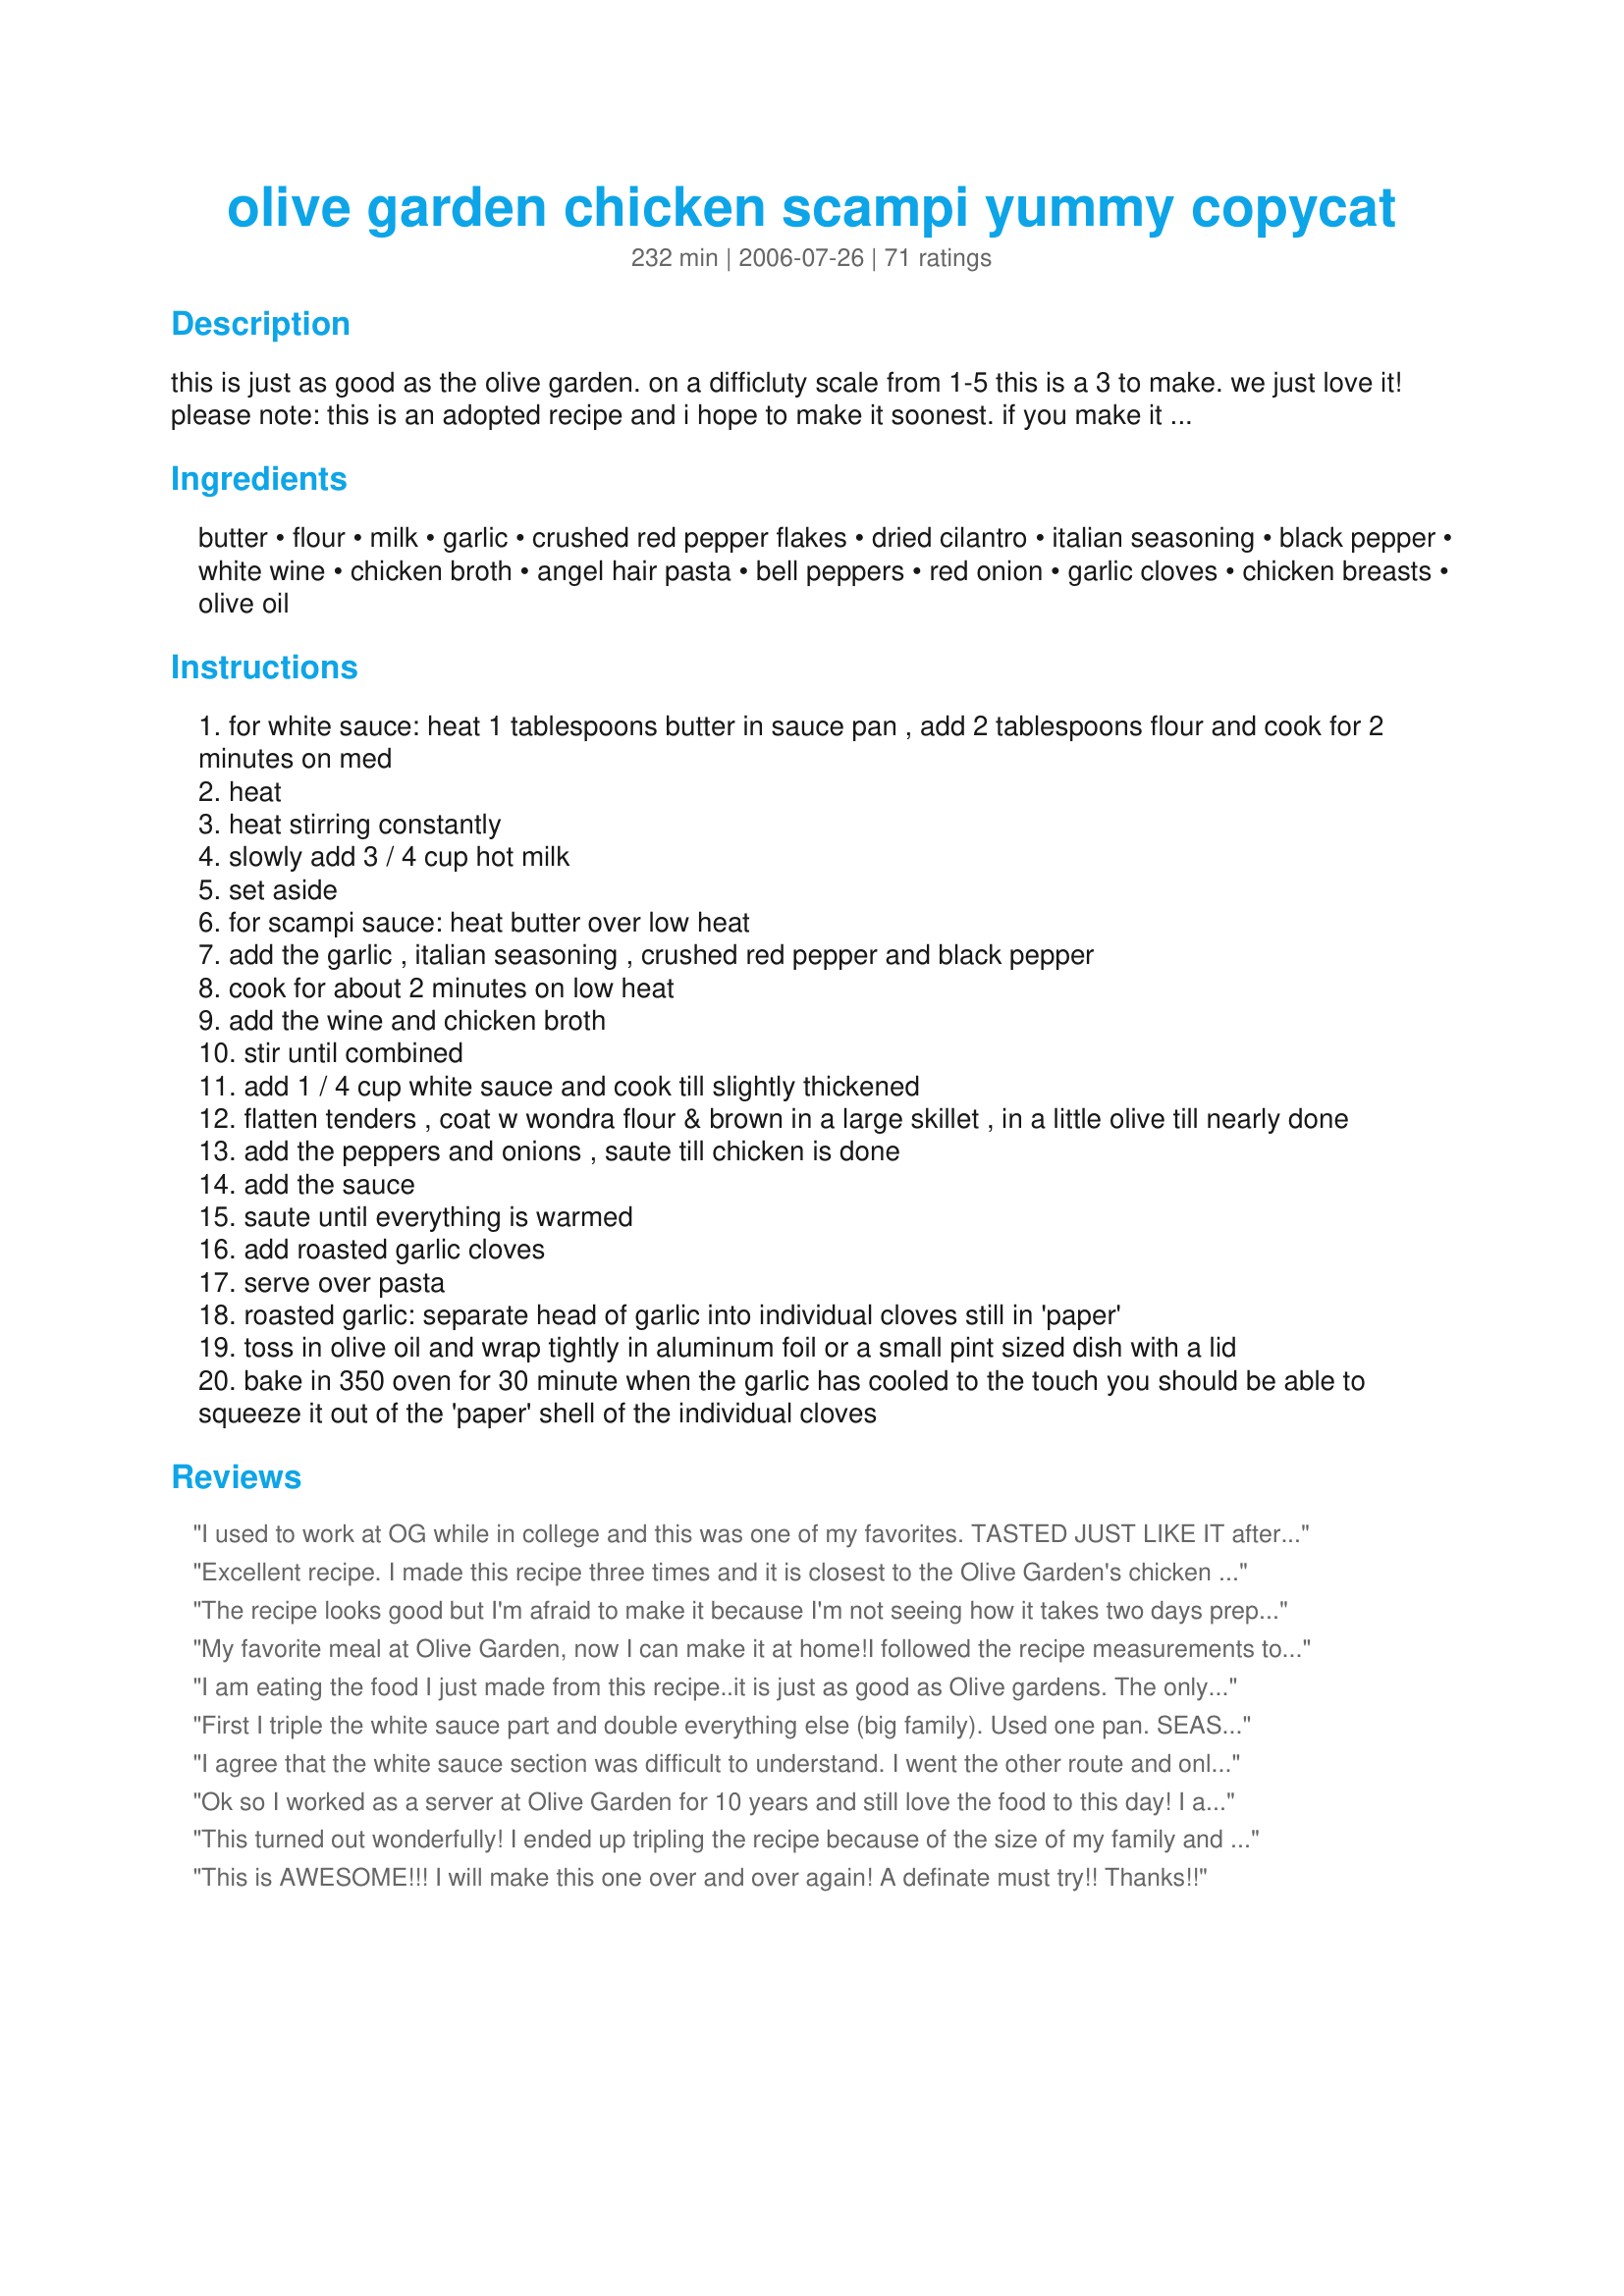
olive garden chicken scampi yummy copycat
Preparation time: 232 minutes

this is just as good as the olive garden. on a difficluty scale from 1-5 this is a 3 to make. we just love it! please note: this is an adopted recipe and i hope to make it soonest. if you make it before i do than i would appreciate your feedback. thanks ! zwt region: italy.

Ingredients:
butter, flour, milk, garlic, crushed red pepper flakes, dried cilantro, italian seasoning, black pepper, white wine, chicken broth, angel hair pasta, bell peppers, red onion, garlic cloves, chicken breasts, olive oil

Steps:
for white sauce: heat 1 tablespoons butter in sauce pan , add 2 tablespoons flour and cook for 2 minutes on med
heat
heat stirring constantly
slowly add 3 / 4 cup hot milk
set aside
for scampi sauce: heat butter over low heat
add the garlic , italian seasoning , crushed red pepper and black pepper
cook for about 2 minutes on low heat
add the wine and chicken broth
stir until combined
add 1 / 4 cup white sauce and cook till slightly thickened
flatten tenders , coat w wondra flour & brown in a large skillet , in a little olive till nearly done
add the peppers and onions , saute till chicken is done
add the sauce
saute until everything is warmed
add roasted garlic cloves
serve over pasta
roasted garlic: separate head of garlic into individual cloves still in 'paper'
toss in olive oil and wrap tightly in aluminum foil or a small pint sized dish with a lid
bake in 350 oven for 30 minute when the garlic has cooled to the touch you should be able to squeeze it out of the 'paper' shell of the individual cloves

Reviews:
I used to work at OG while in college and this was one of my favorites. TASTED JUST LIKE IT after I added a little extra garlic and garlic salt ....I used minced garlic instead of fresh. Also the sauce was too thin so I had to thicken it up more.
Excellent recipe. I made this recipe three times and it is closest to the Olive Garden's chicken scampi that I have ever made. I cook for a lot of fussy people and they agreed. I did cut back on the red pepper flakes just a bit the last time and it was even better in my opinion. Making it again tonight .
The recipe looks good but I'm afraid to make it because I'm not seeing how it takes two days prep? Am I missing something like a marinating time?
My favorite meal at Olive Garden, now I can make it at home!<br/>I followed the recipe measurements to the letter, but used a different combination of steps. I coated my skinless and flattened chicken tenders in self rising flour before saut?ing in EVOO. And combined that with saut?ed yellow & red bell peppers. i also strained my scampi sauce so it didn't have herbs and garlic bits. If you are looking for white wine recommendations, I used Gallo Family Pinot Grigio. Pretty tasty. And my kitchen is a mess now!
I am eating the food I just made from this recipe..it is just as good as Olive gardens. The only thing I found was that it needed a little salt. YUMMY STUFF You need to love garlic if you want to make this.....but then who doesn't love garlic lol
First I triple the white sauce part and double everything else (big family). Used one pan. SEASON every step (including chicken and veggies) with salt and pepper. Cook chicken first, then peppers and onion, set aside. Add garlic and all the butter for both sauces to same pan, briefly saut&eacute; then add flour. Cook for a minute or two then add wine, then stock and milk. Simmer for 20- 30 min. Taste for seasoning and adjust if needed.
I agree that the white sauce section was difficult to understand. I went the other route and only added 1/4 cup and my recipe turned out delicious. The angel hair is key to the recipe. It's really not going to be as good with any other kind of pasta.
Ok so I worked as a server at Olive Garden for 10 years and still love the food to this day! I am an italian though haha. This recipe is super stellar!! AWSOME SAUCE Only thing i did different was make scampi sauce first and white sauce after cuz the white sauce is time sensitive and you have to keep whipping it. But hats off to the chef :P Will be making this for my military man who comes back from korea soon!!
This turned out wonderfully! I ended up tripling the recipe because of the size of my family and for future leftovers. The sauce didn't turn out as thick as I would've like, so I think I'll try adding some more flour/starch when I heat it up again. The chicken, however, was very tender and delicious! I pulled out an injector and put some of the wine/scampi sauce inside of the chicken, which made it even better!
This is AWESOME!!! I will make this one over and over again! A definate must try!! Thanks!!
At my house, this got very mixed reviews. 1 4 Star, 1 2 Star, and 1 1 Star. I thought the taste of the sauce was good, but I made some changes. I used 1 1/2 tsp italian seasoning, and used just under 1/2 tsp crushed red pepper. The sauce was quite thin, even after adding all the white sauce. I can't compare it to Olive Garden's Scampi, because I've never had it. I'm torn in how to rate this...I liked it but thought the instructions were unclear and it needed some changes. My family clearly did not like it. I'd like to give it a 3 1/2 star rating, but settled on a 4 because I thought the taste was very good and I enjoyed it. Made for Everyday is A Holiday tag.
Yummy! 
I did read the reviews and added all the white sauce to the scampi sauce as others did. In addition, I added more red pepper flakes (I love hot food),a teaspoon of chicken bouillon and about 1/2 cup of parmesan cheese. Anyhow, this dish will definitely be made a lot in my kitchen. Thanks for sharing.
This is a GREAT recipe and I would say better than Olive Garden's. Like the others, I used all the white sauce. And for the Scampi sauce, I added a little key lime juice and it was so delicious. However with the Chicken being sauteed, I lightly dusted alittle flour over them and let it brown. When turning the chicken over I put the bell peppers in to sautee with the chicken and it was sssooo Good!. I didnt use the red pepper flakes cause of my children. My son says, "MOM can you learn to make this again". VERY GOOD DISH! Thanks...
I use this recipe all the time! I even got some chicken scampi from the Olive Garden to do a side by side and there was no difference in taste! Many thanks and kudos to the person who did the copycat to this, you were spot on. I always make extra just so I can have leftovers, major hit with my family.
This was WONDERFUL! It tasted just like the Olive Garden chicken scampi. The recipe is a little confusing, but if you cook a lot, you can decipher them. I initially had some trouble with the white sauce, but I dumped the first batch and tried again. I suggest that you only add a little flour to the butter at a time and use a whisk to mix it. I also used garlic salt and a little pepper to season the chicken. I think I might saute the chicken in a different skillet than the veggies next time. My veggies ended up too soft. Thanks for sharing!
This is a good recipe. It doesn't take took long to make. You are looking at 5-6 minutes for the chicken and peppers, plus 4 minutes for the pasta. I only cooked the sauce for 15 minutes (start this when you pot of water on the stove). Next time I would reduce the amount of chicken broth, it got to be a bit much. Also, add a dash of Adobo seasoning.
I used this but tweaked it a little by buying the scampi sauce to save some time. Awesome. Family and friends love this recipe when I cook it. Kudos
I tried this recipe last night and thought it was very bland except for the heat from the crushed red pepper. I&#039;m not a amazing cook on my own but I can make anything with directions but this came out as a cross between Olive Garden Chicken Scampi and O&#039;Charlies Creamy Cajun Pasta, but with out any flavor. I love both of those dishes but this was now where close. I will try again with out the red pepper and cilantro. Maybe that will be better... I hope.
This recipe was sooo good! However, I did have to use every burner on my stove, plus the oven if I would have done the whole roasted garlic thing--that's a lot of dishes, and it takes alot of time. I will probably try to make this again, but only if I have company to impress...otherwise it's way too many calories for a normal dinner. Next time I will make the scampi sauce and then the white sauce. By the way, when i added the flour to the butter for the white sauce, it immediately thickened up like a dough, and then i had to whisk it with the milk for a really long time to get the little lumps out. Did this happen to anyone else? By the way, my fiance LOVED it and bragged about it to his friends!
Delicious! Made just as written except I used regular flour and salted the chicken before coating it in the flour.
I took advice from other reviews and added all of the white sauce to the scampi sauce.I really recommend doing this,as it thickens the sauce beautifully,and to a good consisitency.I also recommend that the amount of red pepper flakes should be cut.I LOVE spicy things,and will often add more to dishes to pep them up,but the pepper flakes in this instance was just too much,and really over powered the dish,which was a real shame.
A lovely dish,that is well worth trying.Made for PRMR.
This was fairly time consuming but tasted good. I also added all the white sauce to thicken the scampi sauce.
I would recommend trimming the top and bottom off the garlic cloves before roasting them, to make them easier to peel out of the "paper" once they are soft from cooking.
I was making breadsticks and alfredo sauce at the same time and the whole thing took three hours to cook. It's probably less just for this recipe.
Thanks for a delicious dish- my fiance absolutely loved it!
This tasted good. I did have to tweak it a little as my white sauce turned out really thick and my scampi sauce reduced down quite a bit. I just added more chicken broth and wine and it turned out great. Also, for the chicken, I dipped the chicken in flour that had italian seasoning, paprika, and garlic salt in it. Then I fried it and followed the rest of the directions. Olive Garden's chicken always seems to have a light breading, and I've found the sauce sticks better to the chicken that way. Definitely a lot of work, but worth it if you love Olive Garden's chicken scampi!
Very good, but definitely takes a while! Make sure you have everything prepped before you begin. I added some parmesan cheese on top for some additional flavor!
Absolutely delicious! I used more chicken broth instead of the white wine. I made this under 30min instead of the 3 hrs and still taste the same?
I made this for a large group (14) and it was a big hit. It was so flavorful and colorful (using red, yellow and orange bell peppers). I would not recommend this for a large group gathering, as it took more attention than I usually like to give while entertaining. However, I made it again 2 weeks later for a friend and myself (when I wasn't in a rush and wanting to socialize with a group of family and friends) and really enjoyed the flavors. I will definitely keep this recipe and pass it on.
recipe reads like the one I am looking for but do hope it doesn't 47hrs.
I agree with a previous reviewer about the directions. The scampi sauce should be made first, then while it simmers, you can make the white sauce. Also, I cubed the chicken and cooked it in the scampi sauce to intensify the flavor and save on a pan. I added the juice of one lemon into the scampi sauce and also left out the bell peppers. This is a very good dish. Update: My daughter works at Olive Garden, and this dish does not have a cream sauce. I thought that but wasn't sure, as most scampi recipes are not a cream sauce. Still a good recipe though.
This was ok, but not the scampi we are all used to. I only added the 1/4 cup white sauce as the recipe states and I think that we would prefer it that way vs adding all of the white. I lessened the amount of crushed peppers also. All in all a good dish, but hardly a olive garden copycat
AWESOME! I read the reviews before I made this dish. I tweaked this recipe for ease and to make it a little more true to the olive garden dish. For the scampi sauce I did not add the cilantro or the wine. I just did not have any good white wine in the house. Instead, I used 1 1/2 cups of chicken broth. I did not make the white sauce. I simply used 1/2 cup of half and half and stirred about 1 1/2 tbsp of flour into it. I added the half and half to the scampi sauce and brought it to a boil and it thickened up just enough. Everything else was the same as the recipe, but I used a shallot because I did not have a the red onion and I did not roast garlic bulbs. Next time, I think I will use chicken tenders and flatten them out really good. Thank you so much for the recipe, it was soooo good.
There was probably something that I did incorrectly, but I just did not really like this dish. I read through the recipe first, and figured out the better plan was to make the scampi sauce, then to make the white sauce while scampi is simmering. I also threw all of my white sauce in, since I'm a fan of white sauces. However, while my white sauce was thickening even before I added it to the scampi sauce, after I added it, no amount of cooking (or even sitting, before I threw the last bits of the dish out) would thicken the combined sauce. In addition, the sauce never coated anything, or soaked into the chicken flavor. It wound up being a fairly bland pile of chicken and pasta sitting in a pool of thin, but tasty, sauce. I feel the need to work through it again to try to fix things (it's gotten such high reviews from everyone else), but the amount of time, effort and dishes greatly weakens my resolve to try again.
As a side note: hubby ate it all "because you cooked it for me" but also said it was bland.
OhMiGosh, good stuff! Very yummy! I think next time, I'll double the ingredients for the sauce, cuz I wanted to eat it with a spoon!

Lots of work but well worth it. 

I didn't bother roasting the garlic; just simmered 10-15 cloves in the butter/wine/broth for about 20 minutes. Like other reviewers, I used all the white sauce.

I grilled the chicken, after coating it in some smooshed garlic & herbs (seasoned salt, rosemary, oregano, whatever is on hand!)

OMG, I just saw that the calories for this is like 1,100! lol, I served with garlic bread and sauted spinach and lots of Merlot. There goes the diet!! ;)
I think this recipe is a little too time consuming and I don't understand why it called for 2 sauces to be made. 

I actually started with the scampi sauce and added flour to the butter before the other liquids and made both sauces at one time. It came out great. Oh I added lemon juice also, because I can't imagine a scampi with out lemon.
I have not had Olive Garden's chicken scampi but I have had many others and this one is one of the BEST EVER! It was very, very tasty. Thanks, kiwidutch! Made for alphabet chefs tag.
Very good. I used heavy whipping cream instead of milk. I also grilled the chicken and added sweet Italian sausage. I used a little too much red pepper, forgetting that it cooks in the sauce for so long, I only needed a pinch. I will definitely be making again. My daughter ordered the OG original last night and had some leftovers. In a blind taste test, my version of this recipe tasted better!
Wao!!! This recipe is great and just like it says, it is a an olive garden version. I had no problems at all making it. After reading some of the reviews it was plain and simple. I did all the prep work the night before like cutting the veggies, roasting the garlic and seasoned my chicken with salt and pepper ( I always have to season my meat as I don't like anything bland, plus I'm Hispanic, that's what we are thought to do :) The next day I made my pasta and saut&eacute; my veggies in the morning and when I was ready to put everything together in the afternoon I made the sauces and voila!!! It all came together beautifully... I found a recipe for garlic toast and made that as well. My family loved it as much as I did. Definitely a keeper.
Although this recipes tastes pretty good, the clarity of the directions make it almost impossible to follow. I worked at the Olive Garden for 8 years and have to say that this did not taste like it, although the appearance was very similar. I don't believe there is any crushed red pepper at all in the actual olive garden recipe and most definitely no cilantro. I think I would probably have rated this higher had I not been so frustrated by the jumpled steps.
Great recipe! We have made the a few times, once with the white sauce and the rest without it. Our family prefers just the scampi sauce without the white sauce. We will contiune to make this dish. Thanks!
DH and I made this chicken scampi tonight. Although we enjoyed it, I didn't think the outcome was worth all of the effort. Also, while it shared some similarities to the dish served at the Olive Garden, I didn't think it was a close match. I, like other reviewers, added all of the white sauce to the scampi sauce. I enjoyed the taste of the fresh bell peppers, red onions, and roasted garlic. I served with fresh grated parm on top.
This recipe is great. This dish was always my favorite at the restaurant. This is exactly the same at home. I have served it a couple of times and everyone lives it!
To make it easier I made the white & scampi sauce all at once, just adding the ingredients for the scampi once the white sauce was ready. It was a bit thin, so I added 3/4 cup of grated parmesan. This gave it somewhat of an alfredo flare, but it was very very good.
It didn't taste exactly like the Chicken Scampi at olive Garden, but it was delicious nonetheless. I increased it to serve 8 (which was, in fact, 8-16) and we were still eating it 3 days later! My little 2 year old cousin came over a couple days later and she absolutely loved it.
It turned out great!! I did season my chicken before flouring. It had a lot of flavor when I put it all together. This is my favorite dish at Olive Garden. Now I can make it at home. Thanks for sharing.
This is a very good dish! I did cut the amount of red pepper flakes to 1/4 teaspoon for personal preference. The sauce thickened up nicely for me and we really enjoyed this for dinner. I will be making it again. Thanks for sharing!
Sorry, it's a good recipe but not like the original..
While I agree that this was not the same as Olive Garden, and that the order this is presented is rather wonky. I also think that this made an excellent meal and I will definitely be re-making it in the future. Thanks!
Honestly this recipe is amazing and I think its better then Olive Garden and the way olive garden is getting so skimpy this is the best.
This REALLY does taste like "Olive Garden's" Chicken Scampi!!!! I did lightly flour the chicken, and I sauteed the onion and green pepper for about 10 minutes prior to browning the chicken simply because we prefer softer vegggies in our pasta. I then pushed them to the side of the pan & browned the chicken. I WILL be KEEPING this recipe!! Thank you so very much for sharing!! Delicious!!
Excellent, exactly like the Olive Garden original!!
I hate to leave a mediocore/ sad review, but this was just "ok" for me. Not good, not bad, just "fair". 
Based on all the great reviews, I must have done something wrong.
This was not the same as I have had at the Olive Garden, nor was it memorable. I will try again. :)
Waste not, want not ~ I used all of the white sauce that I'd made, then in the scampi sauce I cut the amount of red pepper flakes to 1/4 teaspoon! Then later on, I included a yellow & a red bell pepper for color! Ended up with a GREAT TASTING scampi! Thanks for posting your recipe! [Made & reviewed while touring Italy on Zaar's World Tour 4]
I've been meaning to make this and have put it off til today. It was a little time consuming but sooo worth it. I added more red pepper flakes and added just a tad bit of cayenne pepper. Just like everyone else, I added all of the white sauce and after all the ingredients were simmering (meat and all) I added about 1 -2 tblsp of flour just to thicken up the sauce just a little bit. I was pleasantly surprised at the outcome of this recipe. Thanks, and I'll be making this more at home and save me about $50 every time I want to go to olive garden!
This was disgusting!! I love the Olive Garden&#039;s Chicken scampi. I was excited to find this recipe. I follow the recipe even though I saw somethings I thought might be a &quot;problem&quot;. &lt;br/&gt;It was a huge disappointment. scampi sauce was a sea way too much seasoning (again, I followed the recipe). I can not find one thing about this dish I liked. &lt;br/&gt;&lt;br/&gt;Don&#039;t waste your time with this one. Find a real scampi recipe.
This is good stuff! I mixed all of the white sauce into the scampi sauce. Also, I would recommend that you go easy on the red pepper flakes unless you really like spicy. I also dusted my chicken with cornstarch and sauteed in butter instead of olive oil. This really helped the sauce stick to the chicken. I didn&#039;t use the peppers, onions or roasted garlic cloves and was still great! I served this with yellow rice and a salad and everyone was happy! Thanks for a great recipe!
WOW we loved it!! Probably wont use as much red pepper next time but other then that we will make it again and SOON!
This was excellent! I used all the white sauce as well. You need it to thicken the scampi sauce. One warning, if you cook the scampi sauce for the recommended time it really intensifies the heat from the red pepper flakes. This was a very spicy dish. I am going to cut the amount in half next time I make it.
Turned out exactly like Olive Garden. I used alot more garlic than the recipe called for though, as well as doubled the recipe for the sauce. Was a huge hit with my family...
Yummy recipe.
This was REALLY good, but the instructions a bit unclear. It says to make the white sauce first, then keep warm and add only 1/4 cup to scampi sauce... what do you do with the rest? I just added it all to scampi sauce, and left out the roasted garlic and it was still amazing. If the directions were a bit easier to understand it would be a 5 star. Flavor was great, just not sure if it could be better if the instructions were clear. Good food though!
This was a good recipe, the sauce smelled absolutely divine as it cooked, and the end result was delicious. The directions and the timing took a little thinking about, it's a good idea to read the recipe through carefully before beginning. I started with the scampi sauce, whipped up the white sauce in the microwave, and cooked the chicken while the scampi sauce was simmering. We all enjoyed this, I'm not familiar with the Olive Garden so I can't say how similar the recipe is, but it made an enjoyable meal! This was made for I Recommend tag game.
Love, love, love this! My husband and I made this dish today, and I swear it was just as good-- if not better-- than Olive Garden!! I roasted the garlic last night to speed things up today. This recipe was time consuming, but very worth it! We used red, yellow, and green peppers. I only used half the red pepper flakes. I wish that I had read the other reviews before making this, because I would also have added all the white sauce. My scampi sauce didn't thicken when I added the white sauce. I just added a little corn starch, and that worked just fine. We double the entire recipe (except for the red pepper flakes). I used 2 lbs of chicken breast tenders and 1 1/2 boxes of angel hair pasta. We served 8 and still had some leftovers. Absolutely delicious!!
Dead on!! It's awesome!
I was surprised with the amount of 4 and 5 star reviews how poorly flavored this turned out. Took an hour and a half (not including roasted garlic cook time) to complete and husband and I agreed it was very bland. This was very disappointing especially after combining the butter with the Italian seasoning, etc and smelling THAT part cooking! I questioned the issue of there being NO SALT in this recipe at all, but went with it. Had to add lots of salt and Parmesan cheese to make it worth eating. Would not recommend, sadly. Hate to say it, but I hope Olive Garden DOESN&#039;T have anything this tasteless on their menu!
This is my favorite dish at the Olive Garden, and I order it every single time we go. This was pretty darn close to the real thing! It's a very time-intensive recipe, so make sure you take that into consideration. I had to add a considerable amount of salt at the end because the sauce had great flavor, but was definitely lacking that one ingredient. I will definitely be making this again!
Steps are not in proper order,TO SAVE TIME... You should haveROASTGARLIC AS FIRST STEP. tHEN SCAMPI SAUCE,THEN WHITE SAUCE THEN THE CHICKEN..I dont know if this is a O.G.recipe or not , I havent had it before. But this was real good.Used all the white sauce as some commented on.Also cubed the chicken,Topped off dish with a handful of fresh parmesean..I will make this often..Thank U for the recipe..
Out of this world delicious! Followed exactly- family LOVED it! Next time will read more reviews to make the chicken tenders more tender! Also used fresh zucchini pasta for mine- family had regular- Thanks for a &quot;keeper&quot;... Tastes exactly like Olive Garden! But fresher!
This was great!!! I ended up using Chicken and Shrimp. I also used a little extra crushed red pepper flakes :)
I forgot the roasted garlic :( 
I will not forget it next time.
Thanks Kiwi for a great dish.
This was a tricky one for me - sorry that this has to be rather a review than a comment - I had to fairly alter this recipe to make it work for me - but some of this was because of my need to avoid certain things. I don't think roasting garlic is really worth the effort as it takes on a bitter taste. Also I can't find Angel Hair Pasta in supermarkets or Asian shops and assume it is something like rice noodles. Rice noodles are really a bit disappointing as they taste very strongly of nothing! I don't wish to decry this recipe as it really is potentially superb but - - I cheated and made a standard white sauce with butter by making a roux from butter and white flour or I could have cheated and make cornflour thickened milk sauce if I was short of time. Then added a pinch of salt. Then when it had thickened added a pinch of oregano and a few winds of the black pepper mill. Added Chopped pre-boiled red pepper - lastly a dash of white wine. The onions can be any and not necessarily red onions though I admit the red ones are sweeter and milder - could even be good with what we oldies call Spring Onions but supermarkets seem to call them Salad Onions. Not sure what &quot;Flatten tenders&quot; means? - Surely diced skinned chicken breast fillets would be fine without bashing them like a steak? I fried the chicken pieces - but (not in Olive oil as this has recently been proved to turn into the very wrong type of fat that increases body-mass but only when it's heated for cooking. It has the reverse effect when consumed cold as a salad dressing or drizzled over food.) I used Rapeseed Oil - added the onions and chopped garlic and fried until the chicken is just browning but not long enough to dark brown the garlic - The chicken pieces can be finished off under the broiler ( or as we call it in the UK the Grill). I use a microwave grill combination which cooks things on a gentle medium microwave setting at the same time as kind of spit-roasting as the turntable rotates the food under the infra red grill at the same time. Finally the chicken was put back in the thick sauce - brought to simmer and served. I served this over egg-noodles but it would also be good pepped-up with chilli powder and served on rice. The strips of bell pepper raw I had have to leave out, they may give it visual appeal but I can't eat raw bell peppers they cause violent stomach ache rather like pickled onions and raw onion does for me. It was very good but I can't say it tasted like a close copy of scampi. Real scampi is Dublin Bay Prawns coated in batter and deep fried then served with real caper sauce - Not like the travesty sold in supermarkets which are really monkfish tails shaped like prawns (sorry you call them shrimps) coated in breadcrumbs and served with a sachet of fake caper sauce namely Tartare sauce which is nothing more than mayonaise with vinegar'd capers in.
Absolutely Delicious!!! This was one of the best tasting dishes I've made in a long time. I added more crushed peppers for added heat and added the entire batch of white sauce.

Forgot to add that I served this over mashed potatoes.
The "flour" that Olive Garden uses to sear the chicken is Wondra. It works great!!
Worst online recipe I ever tried. Too spicy, very thin and tastes NOTHING like Olive Garden chicken scampi. Was so bad my family made fun of me because it was so bad! I am a professional cook and dont usually screw up this bad. I followed the recipe exact. Has to be a joke.
